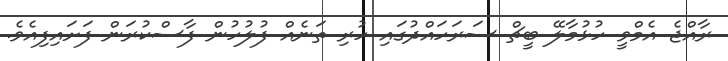
ރާއްޖެ އެމްވީ ހުޅުމާލޭ ބީޗް ސަރަހައްދުގައި ހުރި ތަނެއް ފުލުހުން ފާސްކުރަން ފަށައިފިއެވެ.